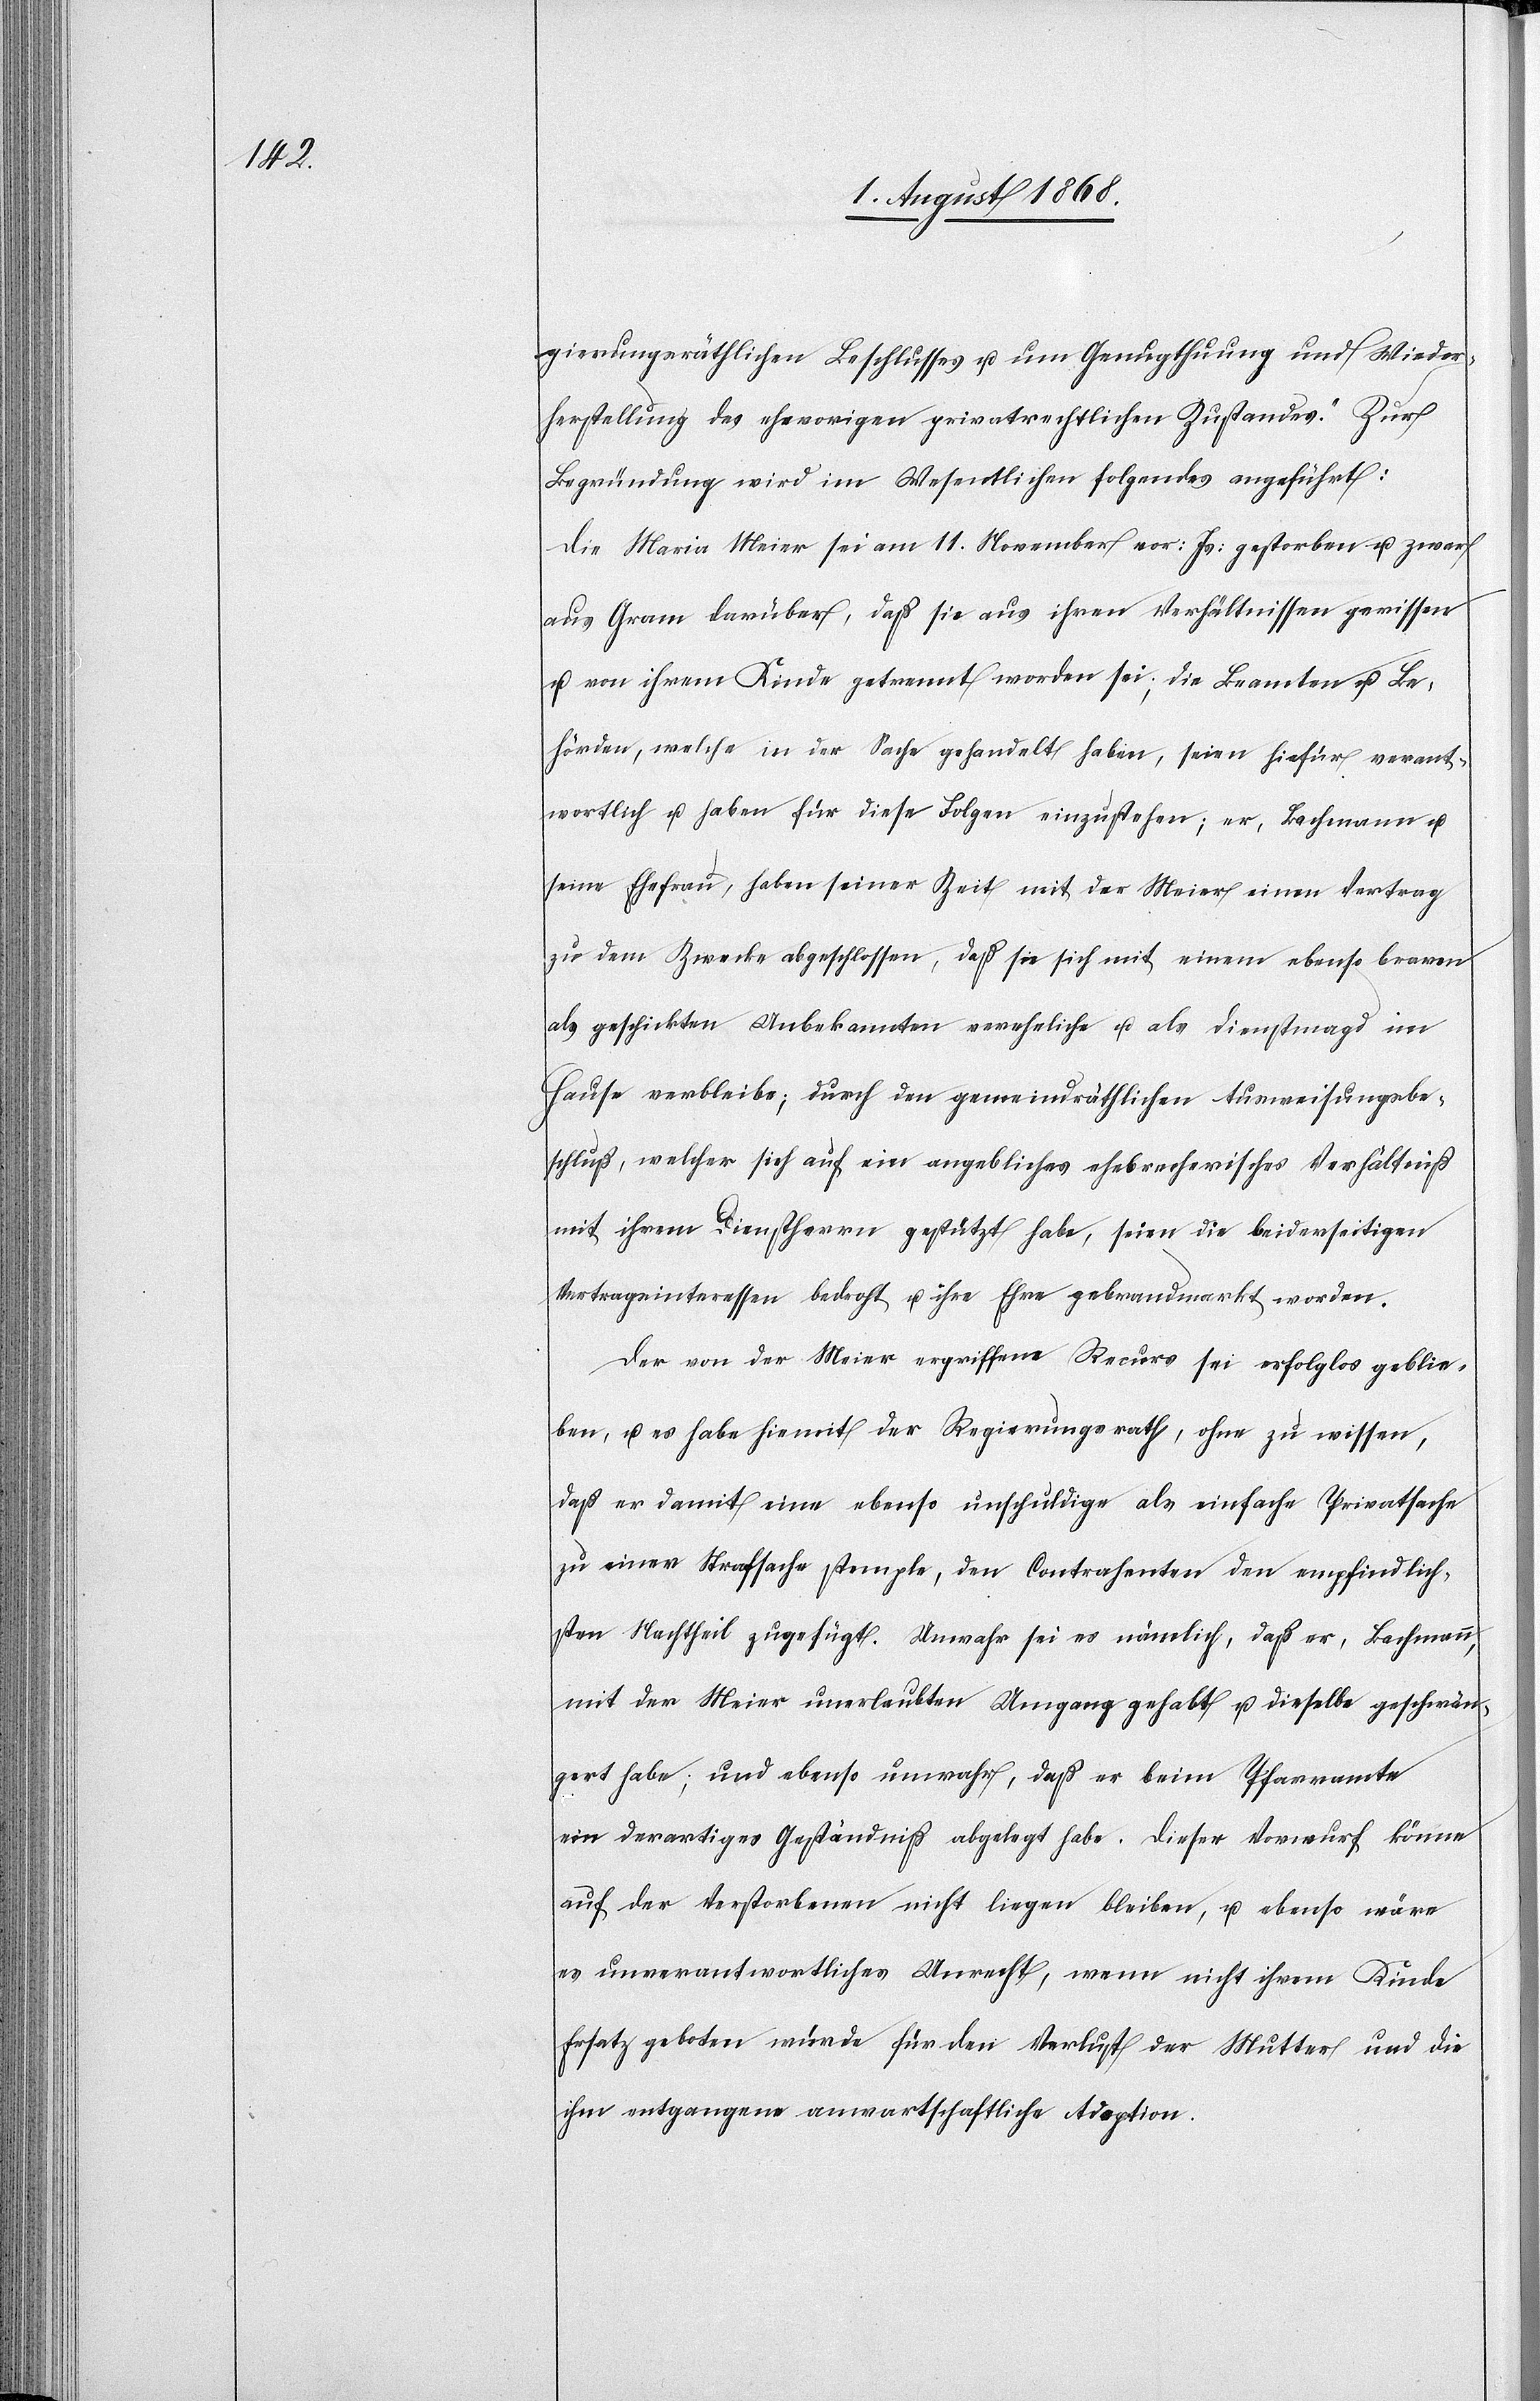
gierungsräthlichen Beschlusses u. um Genugthuung und Wieder¬
herstellung des ehevorigen privatrechtlichen Zustandes“. Zur
Begründung wird im Wesentlichen folgendes angeführt:
Die Maria Meier sei am 11. November vor: Js: gestorben u. zwar
aus Gram darüber, daß sie aus ihren Verhältnissen gerissen
u. von ihrem Kinde getrennt worden sei; die Beamten u. Be¬
hörden, welche in der Sache gehandelt haben, seien hiefür verant¬
wortlich u. haben für diese Folgen einzustehen; er, Bachmann u.
seine Ehefrau, haben seiner Zeit mit der Meier einen Vertrag
zu dem Zwecke abgeschlossen, daß sie sich mit einem ebenso braven
als geschickten Unbekannten vereheliche u. als Dienstmagd im
Hause verbleibe; durch den gemeindräthlichen Ausweisungsbe¬
schluß, welcher sich auf ein angebliches ehebrecherisches Verhältniß
mit ihrem Dienstherrn gestützt habe, seien die beiderseitigen
Vertragsinteressen bedroht u. ihre Ehre gebrandmarkt worden.
Der von der Meier ergriffene Recurs sei erfolglos geblie¬
ben, u. es habe hiemit der Regierungsrath, ohne zu wissen,
daß er damit eine ebenso unschuldige als einfache Privatsache
zu einer Strafsache stemple, den Contrahenten den empfindlich¬
sten Nachtheil zugefügt. Unwahr sei es nämlich, daß er, Bachmann,
mit der Meier unerlaubten Umgang gehabt u. dieselbe geschwän¬
gert habe; und ebenso unwahr, daß er beim Pfarramte
ein derartiges Geständniß abgelegt habe. Dieser Vorwurf könne
auf der Verstorbenen nicht liegen bleiben, u. ebenso wäre
es unverantwortliches Unrecht, wenn nicht ihrem Kinde
Ersatz geboten würde für den Verlust der Mutter und die
ihm entgangene anwartschaftliche Adoption.